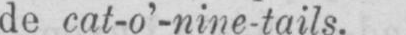
de cat-o’-nine-tails.